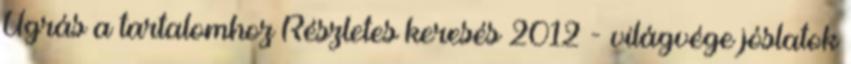
Ugrás a tartalomhoz Részletes keresés 2012 - világvége jóslatok